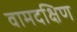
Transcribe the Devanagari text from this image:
वामदक्षिण